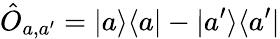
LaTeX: \hat{O}_{a,a^{\prime}}=|a\rangle\langle a|-|a^{\prime}\rangle\langle a^{\prime}|